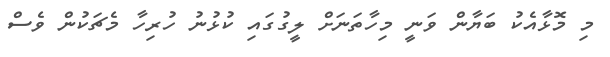
މި މޮޅާއެކު ބަޔާން ވަނީ މިހާތަނަށް ލީގުގައި ކުޅުނު ހުރިހާ މެޗަކުން ވެސް